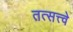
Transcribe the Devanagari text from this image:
तत्सत्त्वे